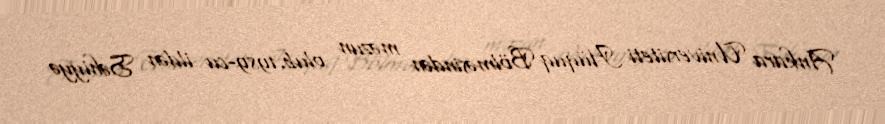
Ankara Universiteti Hüquq Bölməsindən məzun olub.1989-cu ildən Səhiyyə